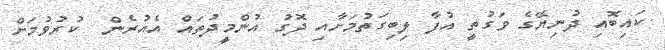
ކައިބޮއި ދުނިޔޭގެ ވަގުތީ އުފާ ލިބިގަތުމަށާއި ދޮގު އުންމީދުތައް އެއުރެން  ކުރުވުމަށް